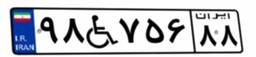
۹۸W۷۵۶۸۸